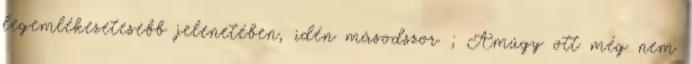
legemlékezetesebb jelenetében, idén másodszor ; Amúgy ott még nem